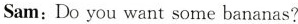
Sam; Do you want some bananas?